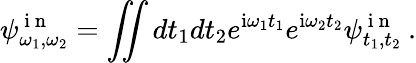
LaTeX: \psi_{\omega_{1},\omega_{2}}^{\mathrm{~i~n~}}=\iint dt_{1}dt_{2}e^{\mathrm{i}\omega_{1}t_{1}}e^{\mathrm{i}\omega_{2}t_{2}}\psi_{t_{1},t_{2}}^{\mathrm{~i~n~}}\: .